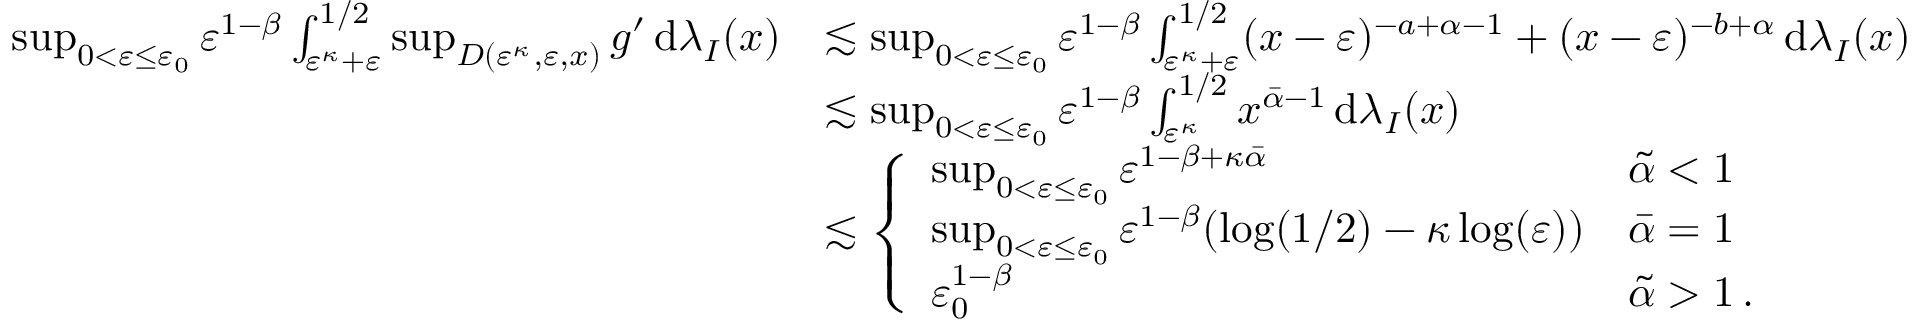
\begin{array} { r l } { \operatorname* { s u p } _ { 0 < { \varepsilon } \leq { \varepsilon } _ { 0 } } { \varepsilon } ^ { 1 - \beta } \int _ { { \varepsilon } ^ { \kappa } + { \varepsilon } } ^ { 1 / 2 } \operatorname* { s u p } _ { D ( { \varepsilon } ^ { \kappa } , { \varepsilon } , x ) } g ^ { \prime } \, \mathrm { d } \lambda _ { I } ( x ) } & { \lesssim \operatorname* { s u p } _ { 0 < { \varepsilon } \leq { \varepsilon } _ { 0 } } { \varepsilon } ^ { 1 - \beta } \int _ { { \varepsilon } ^ { \kappa } + { \varepsilon } } ^ { 1 / 2 } ( x - { \varepsilon } ) ^ { - a + \alpha - 1 } + ( x - { \varepsilon } ) ^ { - b + \alpha } \, \mathrm { d } \lambda _ { I } ( x ) } \\ & { \lesssim \operatorname* { s u p } _ { 0 < { \varepsilon } \leq { \varepsilon } _ { 0 } } { \varepsilon } ^ { 1 - \beta } \int _ { { \varepsilon } ^ { \kappa } } ^ { 1 / 2 } x ^ { \bar { \alpha } - 1 } \, \mathrm { d } \lambda _ { I } ( x ) } \\ { \ } & { \lesssim \left\{ \begin{array} { l l } { \operatorname* { s u p } _ { 0 < { \varepsilon } \leq { \varepsilon } _ { 0 } } { \varepsilon } ^ { 1 - \beta + \kappa \bar { \alpha } } } & { \tilde { \alpha } < 1 } \\ { \operatorname* { s u p } _ { 0 < { \varepsilon } \leq { \varepsilon } _ { 0 } } { \varepsilon } ^ { 1 - \beta } ( \log ( 1 / 2 ) - \kappa \log ( { \varepsilon } ) ) } & { \bar { \alpha } = 1 } \\ { { \varepsilon } _ { 0 } ^ { 1 - \beta } } & { \tilde { \alpha } > 1 \, . } \end{array} \right. } \end{array}